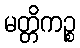
မတ္တိကဉ္စ